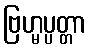
ဗြဟ္မပ္ပတ္တာ